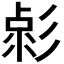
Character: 𢒦